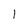
Character: 1